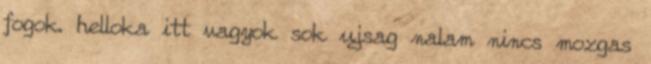
fogok. helloka itt vagyok sok ujsag nalam nincs mozgas